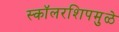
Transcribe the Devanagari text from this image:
स्कॉलरशिपमुळे